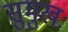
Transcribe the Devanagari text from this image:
सुमुखः